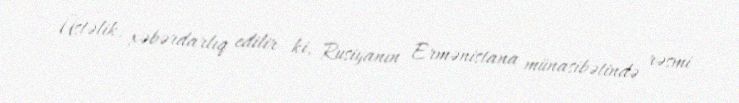
Üstəlik, xəbərdarlıq edilir ki, Rusiyanın Ermənistana münasibətində rəsmi